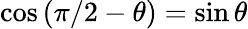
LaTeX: \cos\left(\pi/2-\theta\right)=\sin\theta